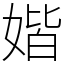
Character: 媘